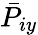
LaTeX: \bar{P}_{iy}